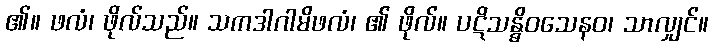
၏။ ဖလံ၊ ဖိုလ်သည်။ သကဒါဂါမိဖလံ၊ ၏ ဖိုလ်။ ပဋိသန္ဓိဝသေနဝ၊ သာလျှင်။